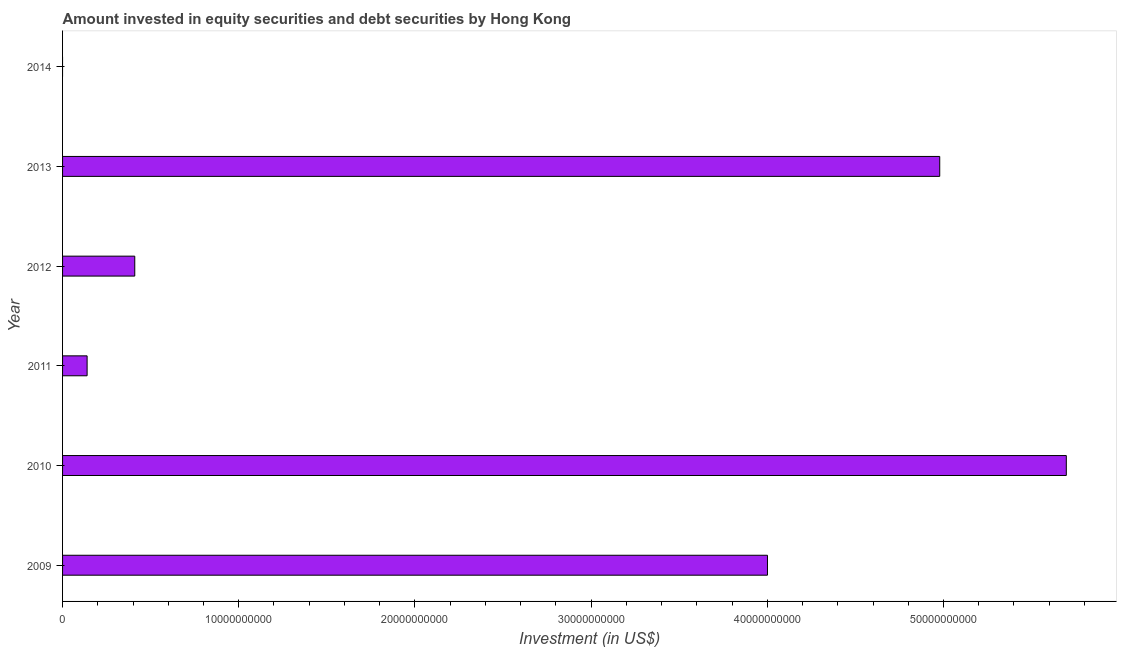
| Year | Portfolio Investment |
 | --- | --- |
 | 2009 | 4e+10 |
 | 2010 | 5.7e+10 |
 | 2011 | 1.39e+09 |
 | 2012 | 4.1e+09 |
 | 2013 | 4.98e+10 |
 | 2014 | -2.03e+10 |